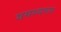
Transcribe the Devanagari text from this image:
यमस्वरूप